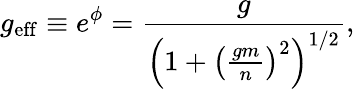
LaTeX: g_{\mathrm{eff}}\equiv e^{\phi}=\frac{g}{\left(1+\left(\frac{gm}{n}\right)^{2}\right)^{1/2}},